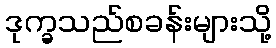
ဒုက္ခသည်စခန်းများသို့